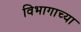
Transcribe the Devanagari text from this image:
विभागाच्‍या